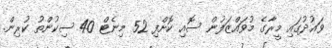
ވައުދުގައި މީރާގެ މުވައްޒަފުން ސޮއި ކޮށްފި 52 މިނެޓް 40 ސިކުންތު ކުރިން.